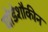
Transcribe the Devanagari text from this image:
घोडेशौकीन